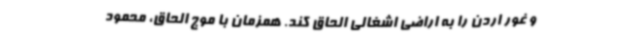
و غور اردن را به اراضی اشغالی الحاق کند. همزمان با موج الحاق، محمود